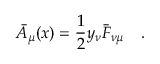
\bar { A } _ { \mu } ( x ) = { \frac { 1 } { 2 } } y _ { \nu } \bar { F } _ { \nu \mu } \quad . \,